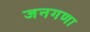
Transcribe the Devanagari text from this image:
जनगणा